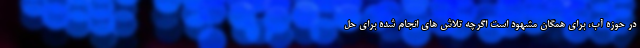
در حوزه آب، برای همگان مشهود است اگرچه تلاش های انجام شده برای حل